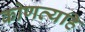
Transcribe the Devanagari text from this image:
कोणत्यहि